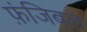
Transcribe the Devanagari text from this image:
फ़ंजिबल